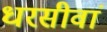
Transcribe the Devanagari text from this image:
धरसीवां